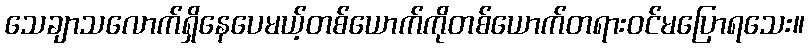
သေချာသလောက်ရှိနေပေမယ့်တစ်ယောက်ကိုတစ်ယောက်တရားဝင်မပြောရသေး။